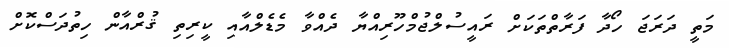
މަތީ ދަރަޖަ ހޯދާ ފަރާތްތަކަށް ރައީސުލްޖުމްހޫރިއްޔާ ދެއްވާ މެޑެލްއާއި ކީރިތި ޤުރްއާން ހިތުދަސްކޮށް